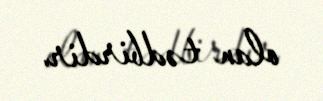
olan tədbirdir.